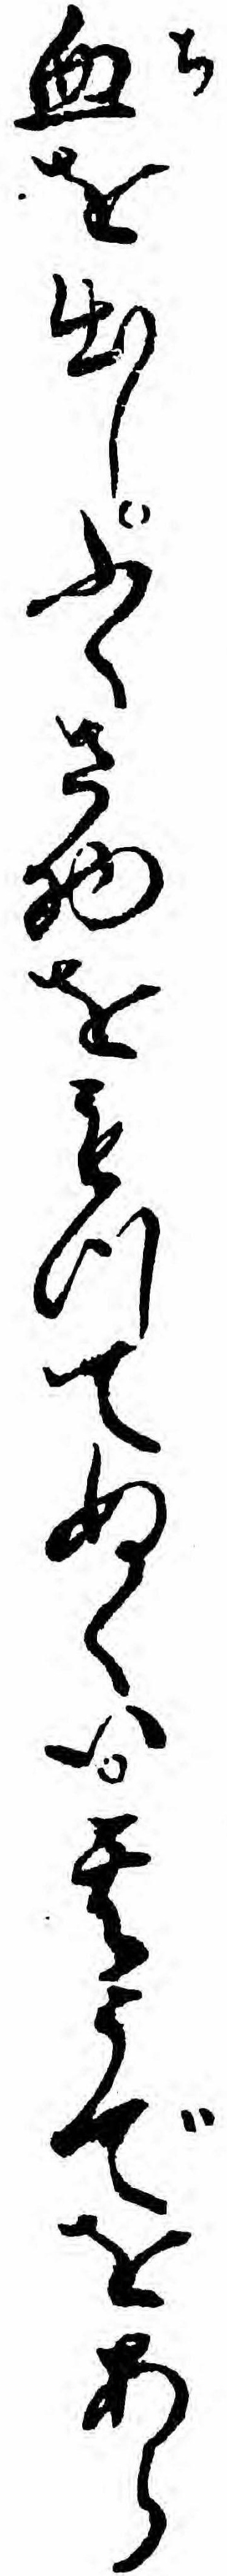
血を出しふくさ物をもつてぬくい其うでをあら